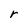
Character: r